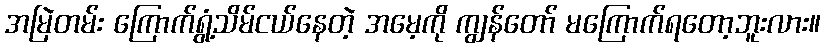
အမြဲတမ်း ကြောက်ရွံ့သိမ်ငယ်နေတဲ့ အမေ့ကို ကျွန်တော် မကြောက်ရတော့ဘူးလား။